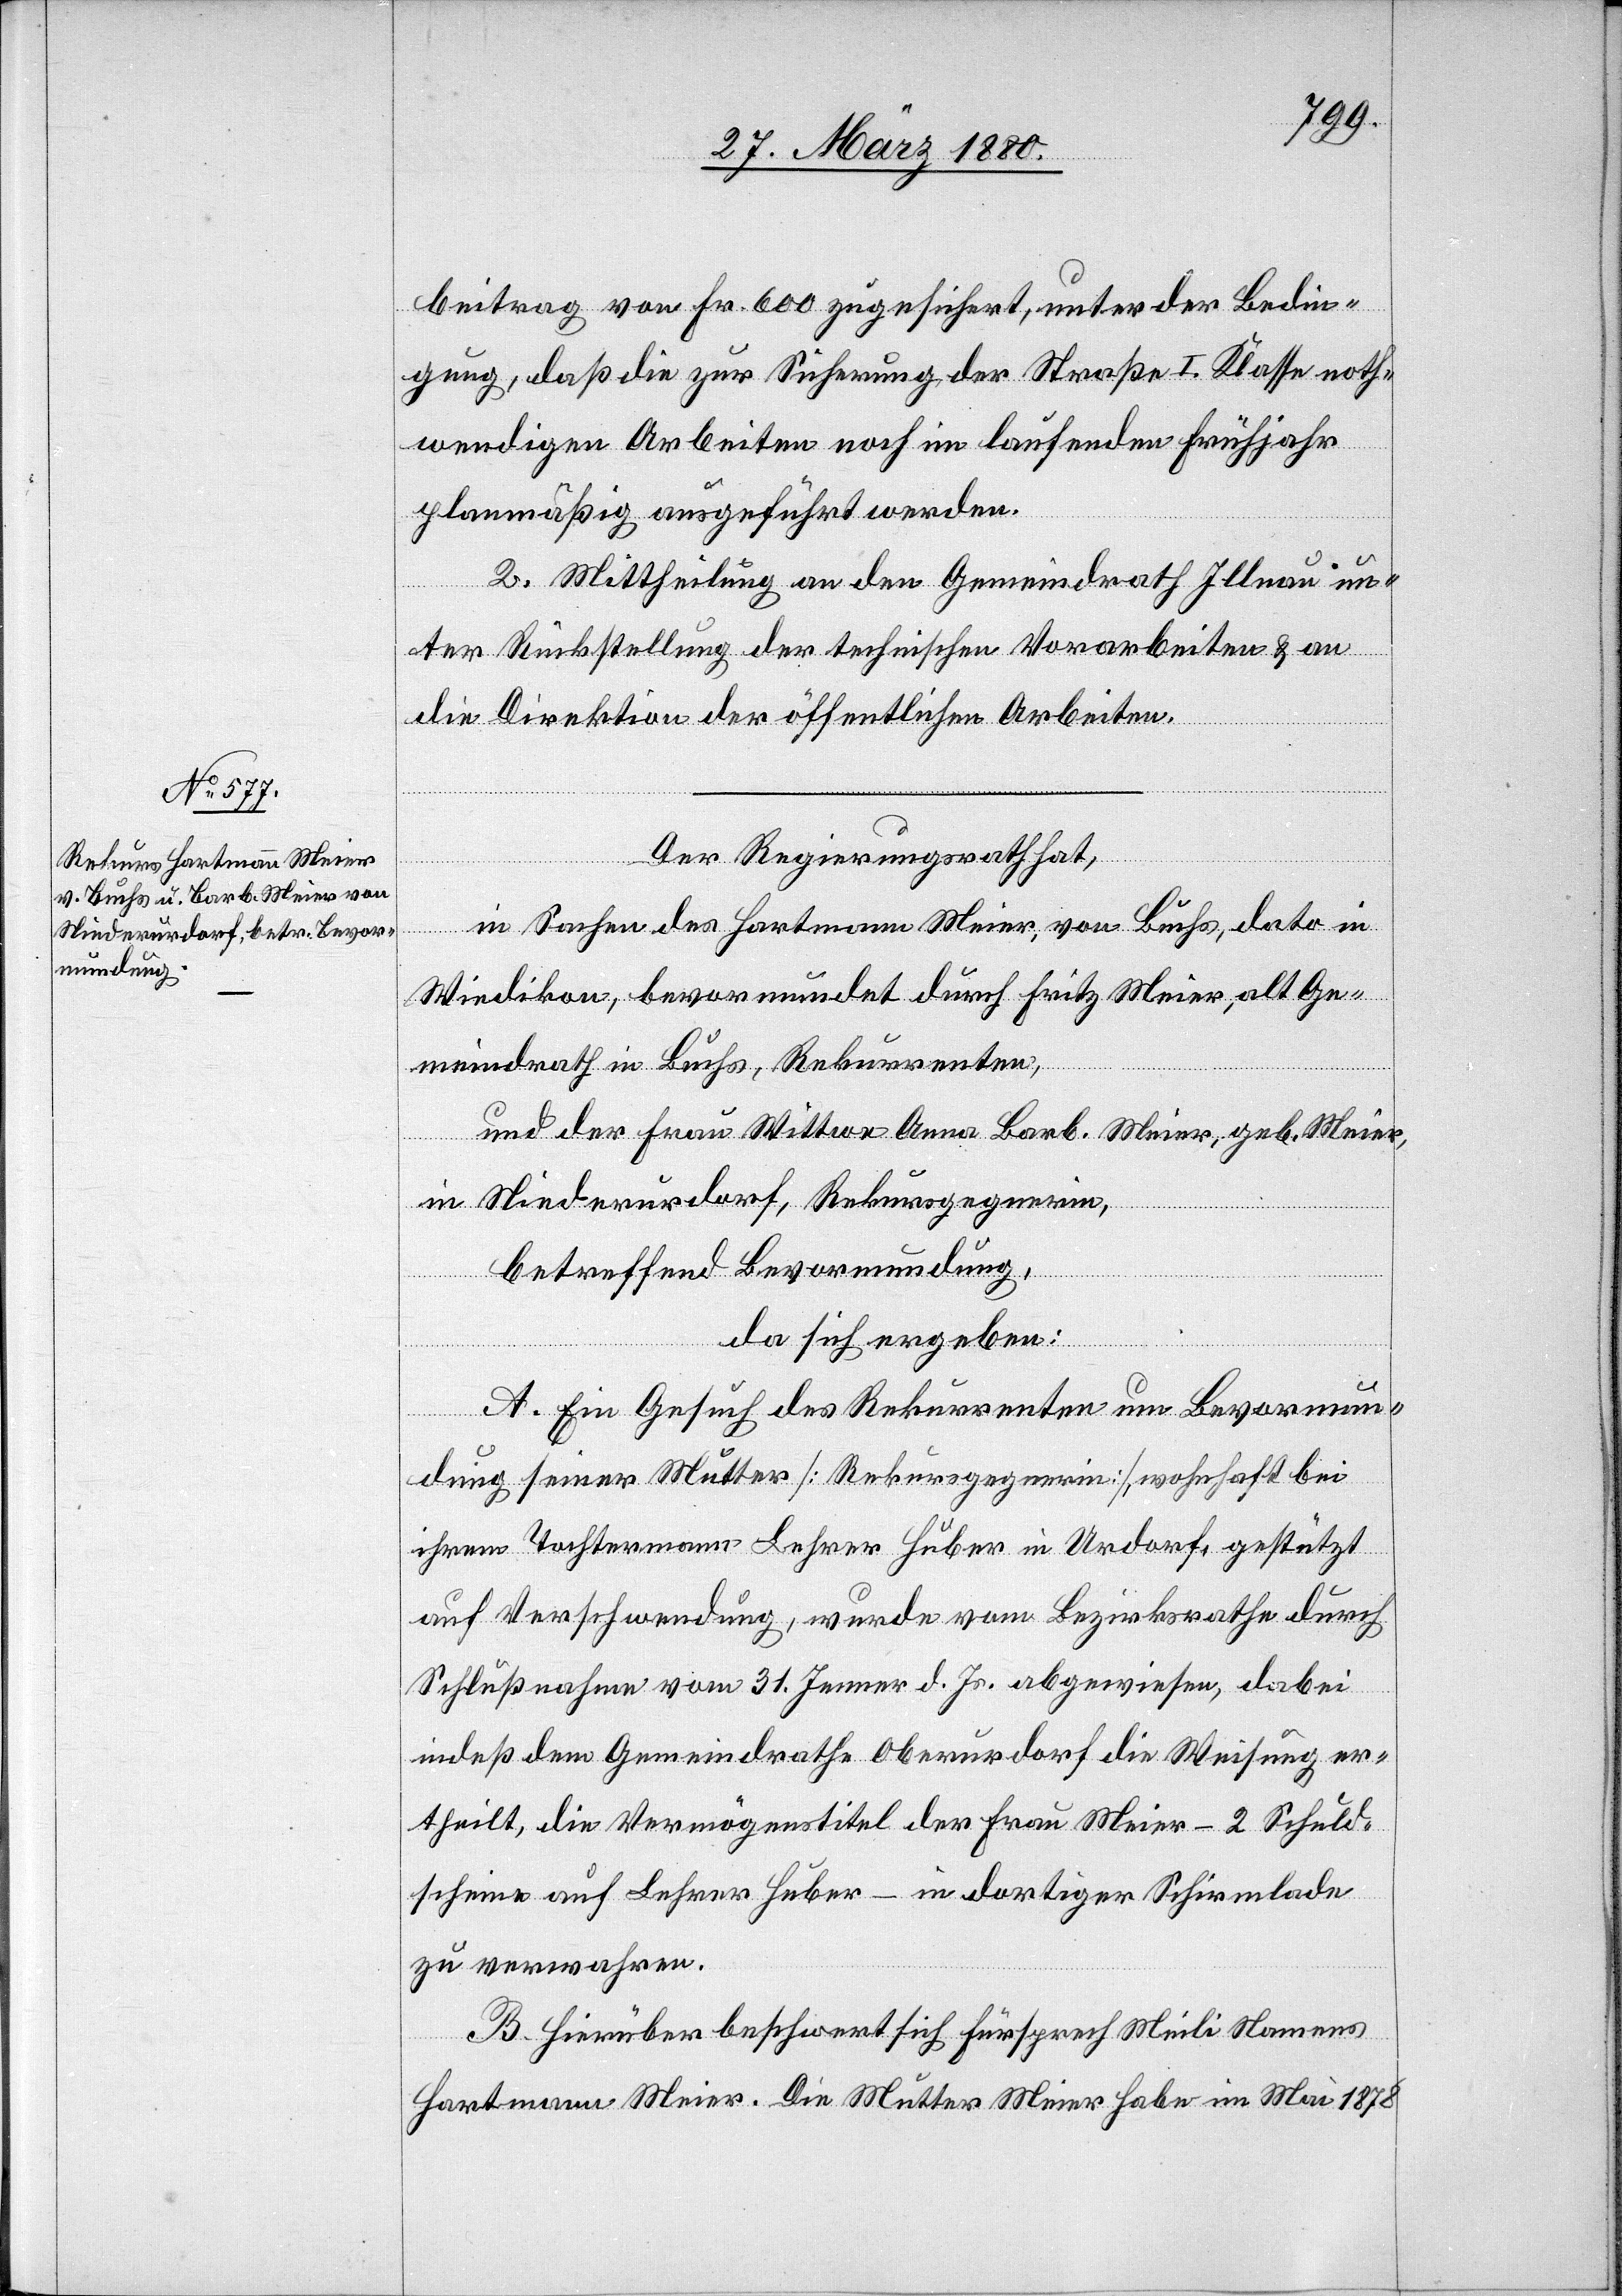
beitrag von Fr. 600 zugesichert, unter der Bedin¬
gung, daß die zur Sicherung der Straße I. Klasse noth¬
wendigen Arbeiten noch im laufenden Frühjahr
planmäßig ausgeführt werden.
2. Mittheilung an den Gemeindrath Illnau un¬
ter Rückstellung der technischen Vorarbeiten & an
die Direktion der öffentlichen Arbeiten.
Der Regierungsrath hat,
in Sachen des Hartmann Meier, von Buchs, dato in
Wiedikon, bevormundet durch Fritz Meier, alt Ge¬
meindrath in Buchs, Rekurrenten,
und der Frau Wittwe Anna Barb. Meier, geb. Meier,
in Niederurdorf, Rekursgegnerin,
betreffend Bevormundung,
da sich ergeben:
A. Ein Gesuch des Rekurrenten um Bevormun¬
dung seiner Mutter [Rekursgegnerin], wohnhaft bei
ihrem Tochtermann Lehrer Huber in Urdorf, gestützt
auf Verschwendung, wurde vom Bezirksrathe durch
Schlußnahme vom 31. Jenner d. Js. abgewiesen, dabei
indeß dem Gemeindrathe Oberurdorf die Weisung er¬
theilt, die Vermögenstitel der Frau Meier – 2 Schuld¬
scheine auf Lehrer Huber – in dortiger Schirmlade
zu verwahren.
B. Hierüber beschwert sich Fürsprech Meili Namens
Hartmann Meier. Die Mutter Meier habe im Mai 1878